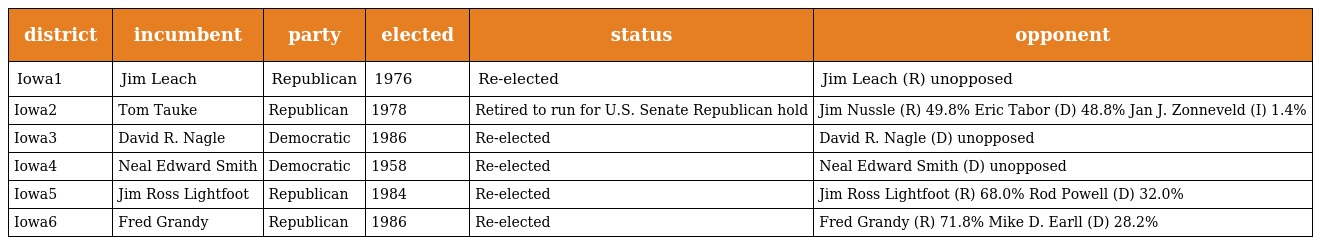
| district | incumbent | party | elected | status | opponent |
 | --- | --- | --- | --- | --- | --- |
 | Iowa1 | Jim Leach | Republican | 1976 | Re-elected | Jim Leach (R) unopposed |
 | Iowa2 | Tom Tauke | Republican | 1978 | Retired to run for U.S. Senate Republican hold | Jim Nussle (R) 49.8% Eric Tabor (D) 48.8% Jan J. Zonneveld (I) 1.4% |
 | Iowa3 | David R. Nagle | Democratic | 1986 | Re-elected | David R. Nagle (D) unopposed |
 | Iowa4 | Neal Edward Smith | Democratic | 1958 | Re-elected | Neal Edward Smith (D) unopposed |
 | Iowa5 | Jim Ross Lightfoot | Republican | 1984 | Re-elected | Jim Ross Lightfoot (R) 68.0% Rod Powell (D) 32.0% |
 | Iowa6 | Fred Grandy | Republican | 1986 | Re-elected | Fred Grandy (R) 71.8% Mike D. Earll (D) 28.2% |